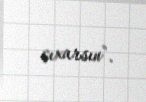
çıxarsın".